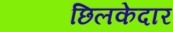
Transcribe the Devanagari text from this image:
छिलकेदार